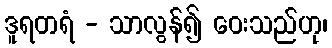
ဒူရတရံ - သာလွန်၍ ဝေးသည်ဟု၊